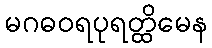
မဂဓဝရပုရတ္ထိမေန